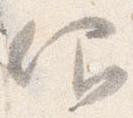
仰